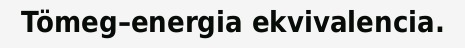
Tömeg–energia ekvivalencia.